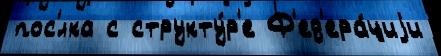
пос'́лка с структу́р'е Ф'ед'ера́циjи